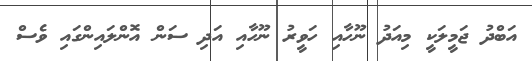
އަބްދު ޖަމީލަކީ މިއަދު ނޫހާއި ހަވީރު ނޫހާއި އަދި ސަން އޮންލައިންގައި ވެސް